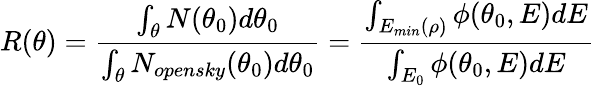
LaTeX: R(\theta)=\frac{\int_{\theta}N(\theta_{0})d\theta_{0}}{\int_{\theta}N_{opensky}(\theta_{0})d\theta_{0}}=\frac{\int_{E_{min}(\rho)}\phi(\theta_{0},E)dE}{\int_{E_{0}}\phi(\theta_{0},E)dE}